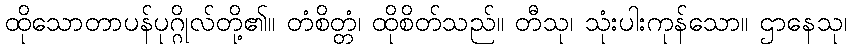
ထိုသောတာပန်ပုဂ္ဂိုလ်တို့၏။ တံစိတ္တံ၊ ထိုစိတ်သည်။ တီသု၊ သုံးပါးကုန်သော။ ဌာနေသု၊